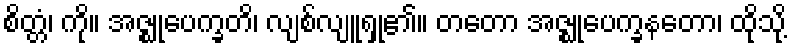
စိတ္တံ၊ ကို။ အဇ္ဈုပေက္ခတိ၊ လျစ်လျူရှု၏။ တတော အဇ္ဈုပေက္ခနတော၊ ထိုသို့